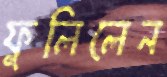
ফুলিলেন